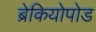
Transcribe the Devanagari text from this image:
ब्रेकियोपोड